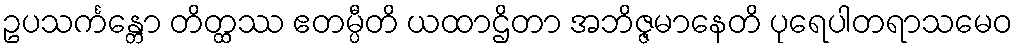
ဥပသင်္ကန္တော တိတ္ထဿ ဧတမ္ပီတိ ယထာဌိတာ အဘိဇ္ဇမာနေတိ ပုရေပါတရာသမေဝ